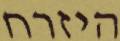
היזרח